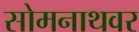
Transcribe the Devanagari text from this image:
सोमनाथवर